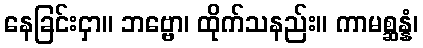
နေခြင်းငှာ။ ဘဗ္ဗော၊ ထိုက်သနည်း။ ကာမစ္ဆန္နံ၊